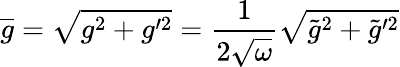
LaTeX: \overline{{{g}}}=\sqrt{g^{2}+g^{\prime 2}}=\frac{1}{2\sqrt{\omega}}\sqrt{\tilde{g}^{2}+\tilde{g}^{\prime 2}}